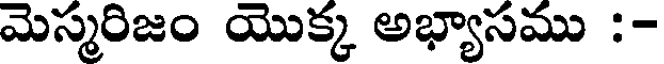
మెస్మరిజం యొక్క అభ్యాసము :-